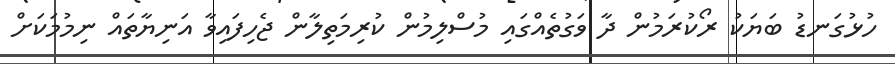
ހުޅުގަނޑު ބަޔަކު ރޯކުރަމުން ދާ ވަގުތެއްގައި މުސްލިމުން ކުރިމަތިލާން ޖެހިފައިވާ އަނިޔާތައް ނިމުމަކަށް